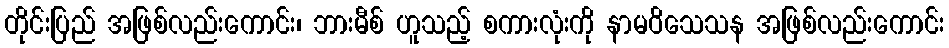
တိုင်းပြည် အဖြစ်လည်းကောင်း၊ ဘားမီစ် ဟူသည့် စကားလုံးကို နာမဝိသေသန အဖြစ်လည်းကောင်း